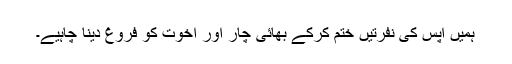
ہمیں آپس کی نفرتیں ختم کرکے بھائی چار اور اخوت کو فروغ دینا چاہیے۔